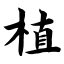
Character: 植